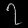
Digit: ၇